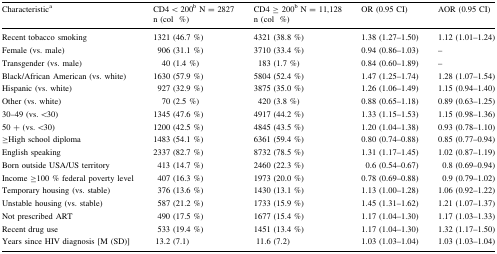
<table><thead><tr><td rowspan="2"><b>Characteristic<sup>a</sup></b></td><td><b>CD4 &lt; 200<sup>b</sup> N = 2827</b></td><td><b>CD4 ≥ 200<sup>b</sup> N = 11,128</b></td><td rowspan="2"><b>OR (0.95 CI)</b></td><td rowspan="2"><b>AOR (0.95 CI)</b></td></tr><tr><td><b>n (col%)</b></td><td><b>n (col%)</b></td></tr></thead><tbody><tr><td>Recent tobacco smoking</td><td>1321 (46.7 %)</td><td>4321 (38.8 %)</td><td>1.38 (1.27–1.50)</td><td>1.12 (1.01–1.24)</td></tr><tr><td>Female (vs. male)</td><td>906 (31.1 %)</td><td>3710 (33.4 %)</td><td>0.94 (0.86–1.03)</td><td>–</td></tr><tr><td>Transgender (vs. male)</td><td>40 (1.4 %)</td><td>183 (1.7 %)</td><td>0.84 (0.60–1.89)</td><td>–</td></tr><tr><td>Black/African American (vs. white)</td><td>1630 (57.9 %)</td><td>5804 (52.4 %)</td><td>1.47 (1.25–1.74)</td><td>1.28 (1.07–1.54)</td></tr><tr><td>Hispanic (vs. white)</td><td>927 (32.9 %)</td><td>3875 (35.0 %)</td><td>1.26 (1.06–1.49)</td><td>1.15 (0.94–1.40)</td></tr><tr><td>Other (vs. white)</td><td>70 (2.5 %)</td><td>420 (3.8 %)</td><td>0.88 (0.65–1.18)</td><td>0.89 (0.63–1.25)</td></tr><tr><td>30–49 (vs. &lt;30)</td><td>1345 (47.6 %)</td><td>4917 (44.2 %)</td><td>1.33 (1.15–1.53)</td><td>1.15 (0.98–1.36)</td></tr><tr><td>50 + (vs. &lt;30)</td><td>1200 (42.5 %)</td><td>4845 (43.5 %)</td><td>1.20 (1.04–1.38)</td><td>0.93 (0.78–1.10)</td></tr><tr><td>≥High school diploma</td><td>1483 (54.1 %)</td><td>6361 (59.4 %)</td><td>0.80 (0.74–0.88)</td><td>0.85 (0.77–0.94)</td></tr><tr><td>English speaking</td><td>2337 (82.7 %)</td><td>8732 (78.5 %)</td><td>1.31 (1.17–1.45)</td><td>1.02 (0.87–1.19)</td></tr><tr><td>Born outside USA/US territory</td><td>413 (14.7 %)</td><td>2460 (22.3 %)</td><td>0.6 (0.54–0.67)</td><td>0.8 (0.69–0.94)</td></tr><tr><td>Income ≥100 % federal poverty level</td><td>407 (16.3 %)</td><td>1973 (20.0 %)</td><td>0.78 (0.69–0.88)</td><td>0.9 (0.79–1.02)</td></tr><tr><td>Temporary housing (vs. stable)</td><td>376 (13.6 %)</td><td>1430 (13.1 %)</td><td>1.13 (1.00–1.28)</td><td>1.06 (0.92–1.22)</td></tr><tr><td>Unstable housing (vs. stable)</td><td>587 (21.2 %)</td><td>1733 (15.9 %)</td><td>1.45 (1.31–1.62)</td><td>1.21 (1.07–1.37)</td></tr><tr><td>Not prescribed ART</td><td>490 (17.5 %)</td><td>1677 (15.4 %)</td><td>1.17 (1.04–1.30)</td><td>1.17 (1.03–1.33)</td></tr><tr><td>Recent drug use</td><td>533 (19.4 %)</td><td>1451 (13.4 %)</td><td>1.17 (1.04–1.30)</td><td>1.32 (1.17–1.50)</td></tr><tr><td>Years since HIV diagnosis [M (SD)]</td><td>13.2 (7.1)</td><td>11.6 (7.2)</td><td>1.03 (1.03–1.04)</td><td>1.03 (1.03–1.04)</td></tr></tbody></table>